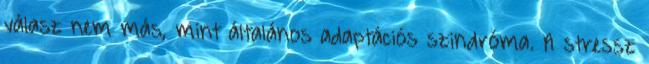
válasz nem más, mint általános adaptációs szindróma. A stressz